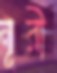
নূরী